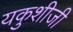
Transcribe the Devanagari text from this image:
यकुशीजी